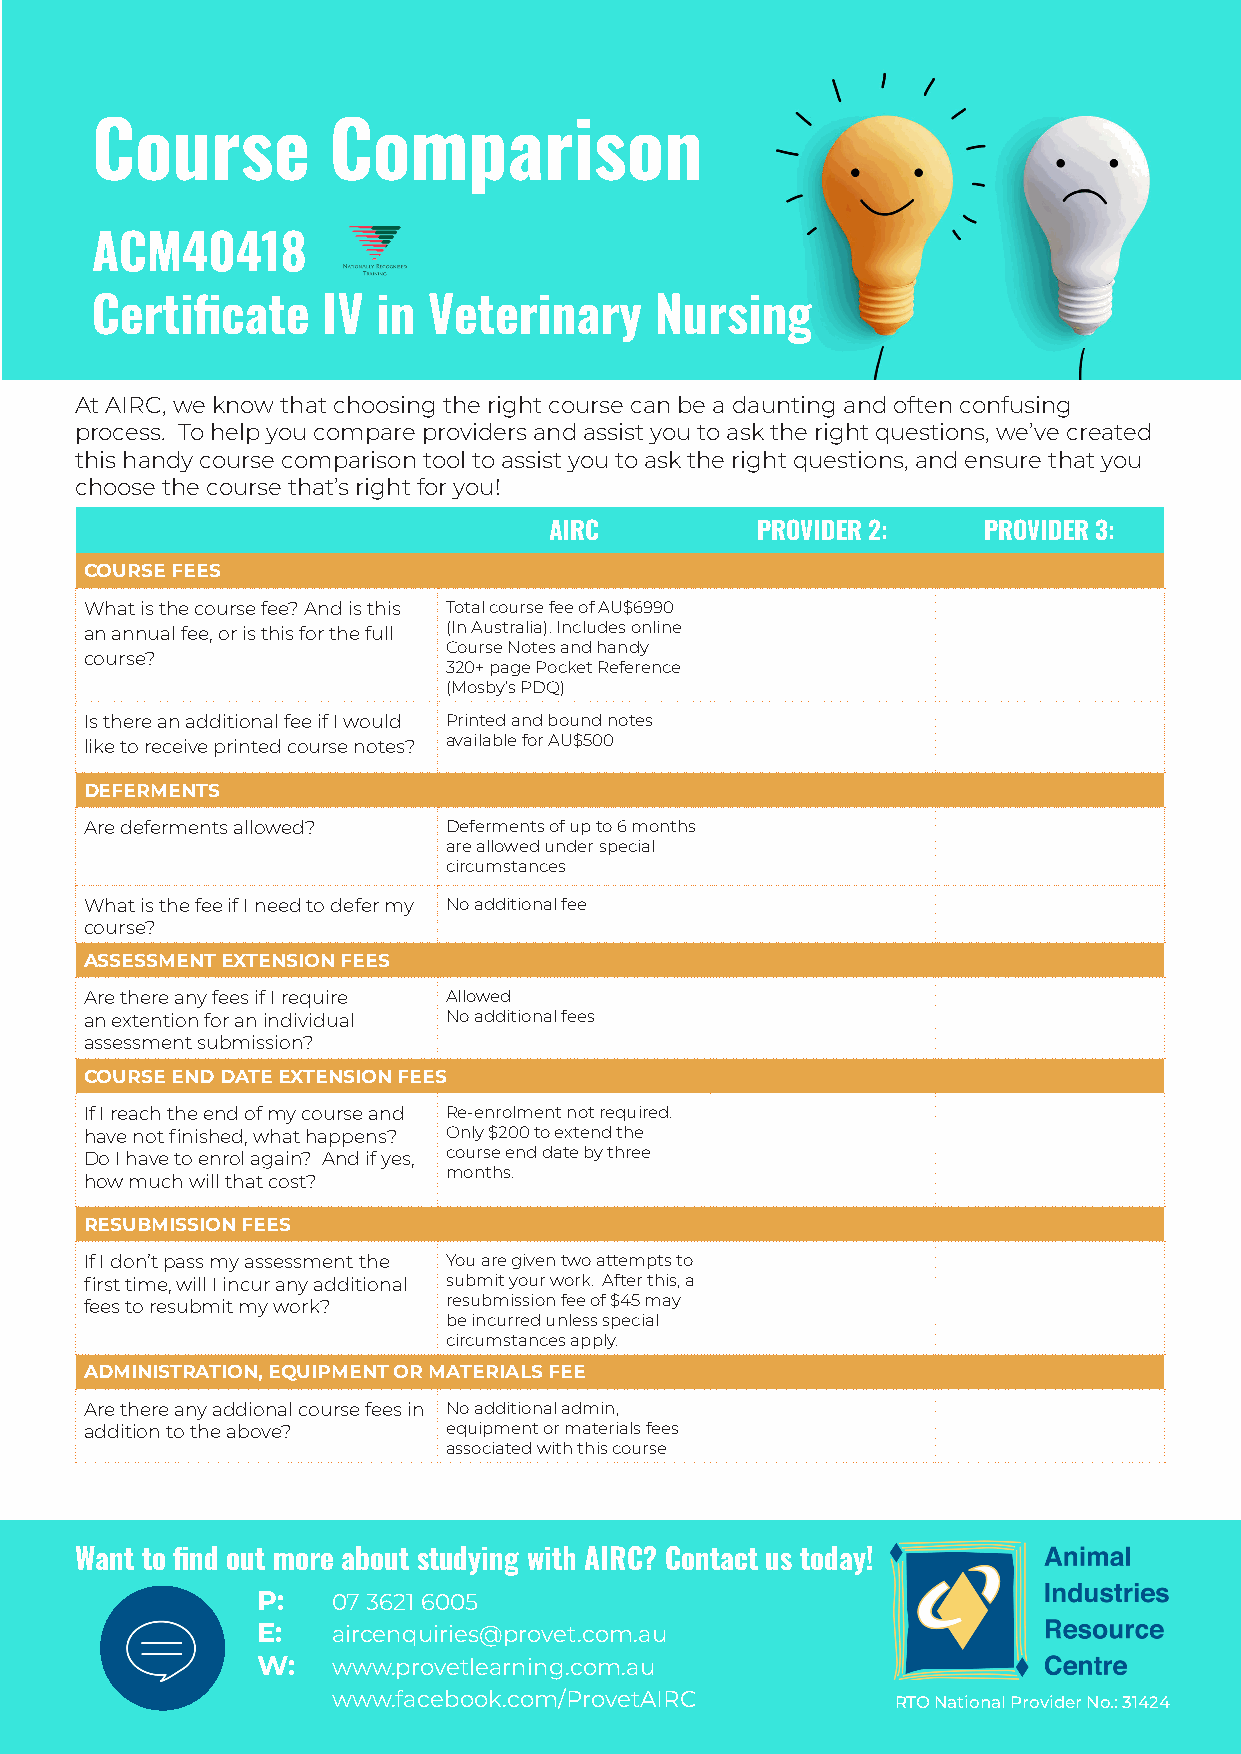
Course          Comparison
 ACM40418
 Certificate    IV  in Veterinary     Nursing
 At AIRC, we know that choosing the right course can be a daunting and often confusing
 process. To help you compare providers and assist you to ask the right questions, we’ve created
 this handy course comparison tool to assist you to ask the right questions, and ensure that you
 choose the course that’s right for you!
 AIRC          PROVIDER 2:    PROVIDER 3:
 COURSE FEES
 What is the course fee? And is this Total course fee of AU$6990
 an annual fee, or is this for the full (In Australia). Includes online
 Course Notes and handy
 course?
 320+ page Pocket Reference
 (Mosby’s PDQ)
 Is there an additional fee if I would Printed and bound notes
 like to receive printed course notes? available for AU$500
 DEFERMENTS
 Are deferments allowed? Deferments of up to 6 months
 are allowed under special
 circumstances
 What is the fee if I need to defer my No additional fee
 course?
 ASSESSMENT EXTENSION FEES
 Are there any fees if I require Allowed
 an extention for an individual No additional fees
 assessment submission?
 COURSE END DATE EXTENSION FEES
 If I reach the end of my course and Re-enrolment not required.
 have not finished, what happens? Only $200 to extend the
 Do I have to enrol again? And if yes, course end date by three
 months.
 how much will that cost?
 RESUBMISSION FEES
 If I don’t pass my assessment the You are given two attempts to
 first time, will I incur any additional submit your work. After this, a
 fees to resubmit my work? resubmission fee of $45 may
 be incurred unless special
 circumstances apply.
 ADMINISTRATION, EQUIPMENT OR MATERIALS FEE
 Are there any addional course fees in No additional admin,
 addition to the above? equipment or materials fees
 associated with this course
 Want to find out more about studying with AIRC? Contact us today!
 P:   07 3621 6005
 E:   aircenquiries@provet.com.au
 W:   www.provetlearning.com.au
 www.facebook.com/ProvetAIRC          RTO National Provider No.: 31424